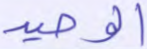
الوحيد